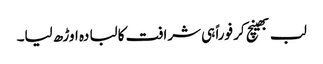
لب بھینچ کر فوراً ہی شرافت کا لبادہ اوڑھ لیا۔